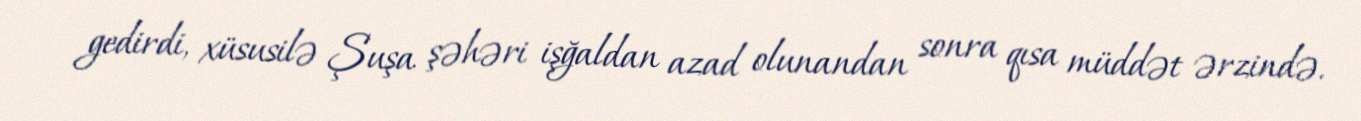
gedirdi, xüsusilə Şuşa şəhəri işğaldan azad olunandan sonra qısa müddət ərzində.